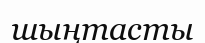
шыңтасты